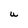
Character: U